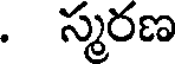
. స్మరణ